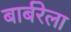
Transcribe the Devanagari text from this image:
बार्बरेला